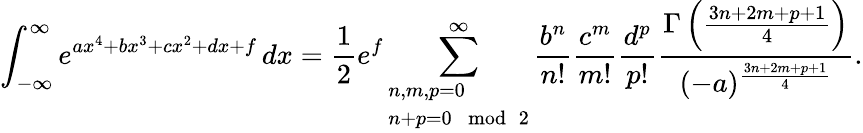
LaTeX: \int_{-\infty}^{\infty}e^{ax^{4}+bx^{3}+cx^{2}+dx+f}\, dx={\frac{1}{2}}e^{f}\sum_{\begin{array}{l}{n,m,p=0}\\ {n+p=0\mod 2}\end{array}}^{\infty}{\frac{b^{n}}{n!}}{\frac{c^{m}}{m!}}{\frac{d^{p}}{p!}}{\frac{\Gamma\left({\frac{3n+2m+p+1}{4}}\right)}{(-a)^{\frac{3n+2m+p+1}{4}}}}.